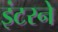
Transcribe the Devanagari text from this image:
इंटरने